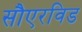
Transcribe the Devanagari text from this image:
सौएरविड